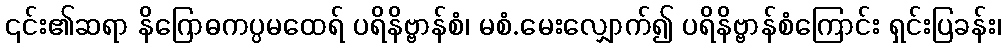
၎င်း၏ဆရာ နိဂြောဓကပ္ပမထေရ် ပရိနိဗ္ဗာန်စံ၊ မစံ.မေးလျှောက်၍ ပရိနိဗ္ဗာန်စံကြောင်း ရှင်းပြခန်း၊